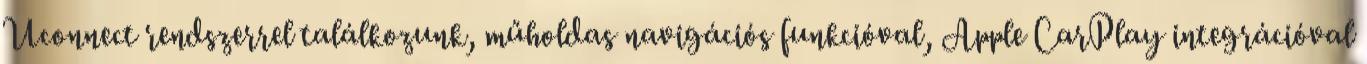
Uconnect rendszerrel találkozunk, műholdas navigációs funkcióval, Apple CarPlay integrációval